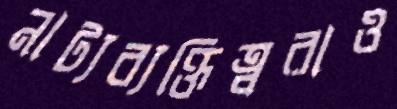
নাট্যব্যক্তিত্বরাও